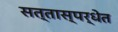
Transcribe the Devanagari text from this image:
सत्तास्पर्धेत